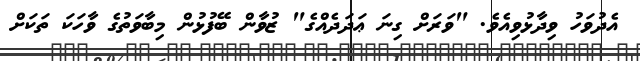
އެދުވަހު ވިދާޅުވިއެވެ. "ވަރަށް ގިނަ ޢަދަދެއްގެ" ޒުވާން ބޭފުޅުން މިބާވަތުގެ ވާހަކަ ތަކަށް